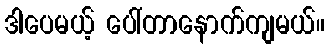
ဒါပေမယ့် ပေါ်တာနောက်ကျမယ်။